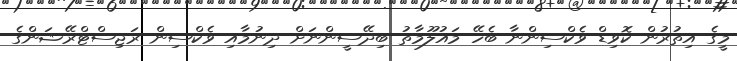
މީގެ އިތުރުން ކޮވިޑް ވެކްސިންނާ ބެހޭ މައުލޫމާތު ބިދޭސީންނަށް ދިނުމާއި ވެކްސިން ރަޖިސްޓްރޭޝަންގެ